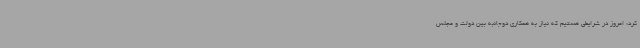
کرد: امروز در شرایطی هستیم که نیاز به همکاری دوجانبه بین دولت و مجلس